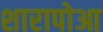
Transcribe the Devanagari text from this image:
शारापोआ